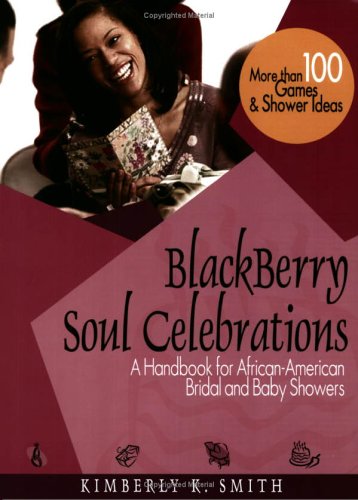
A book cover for BlackBerry Soul Celebrations: A Handbook for African-American Bridal and Baby Showers; Kimberly K. Smith; Crafts, Hobbies & Home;